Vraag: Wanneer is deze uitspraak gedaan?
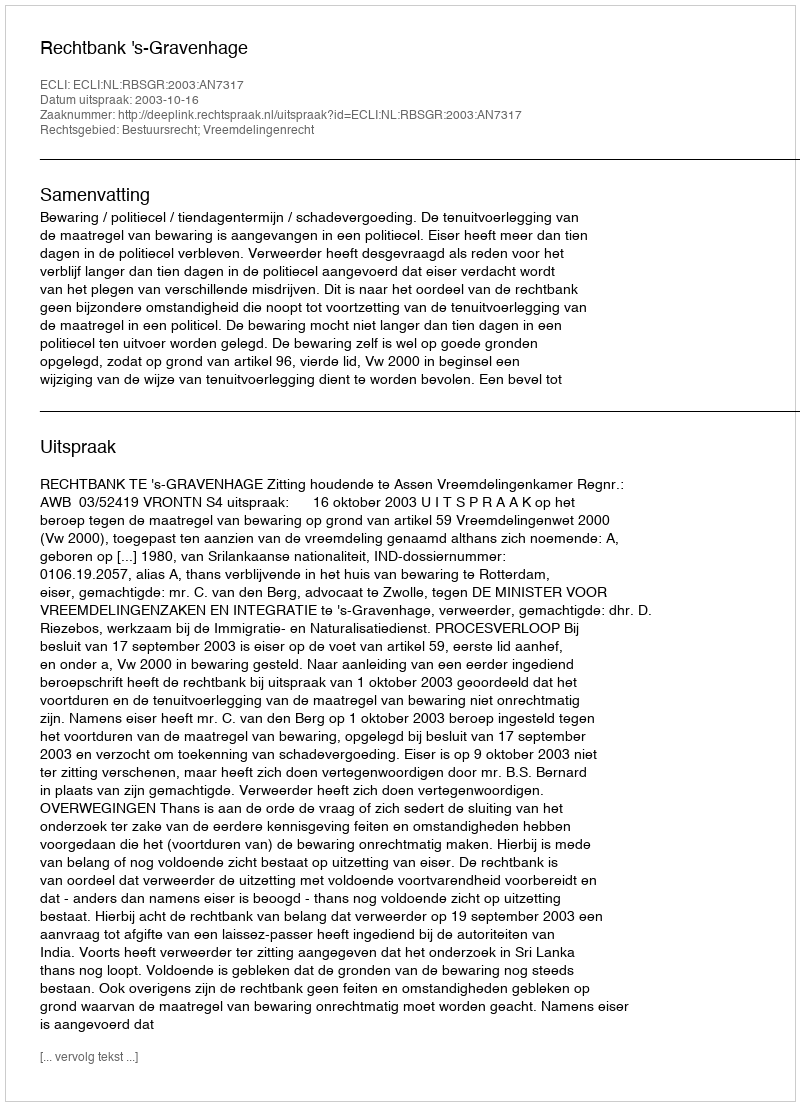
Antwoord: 2003-10-16